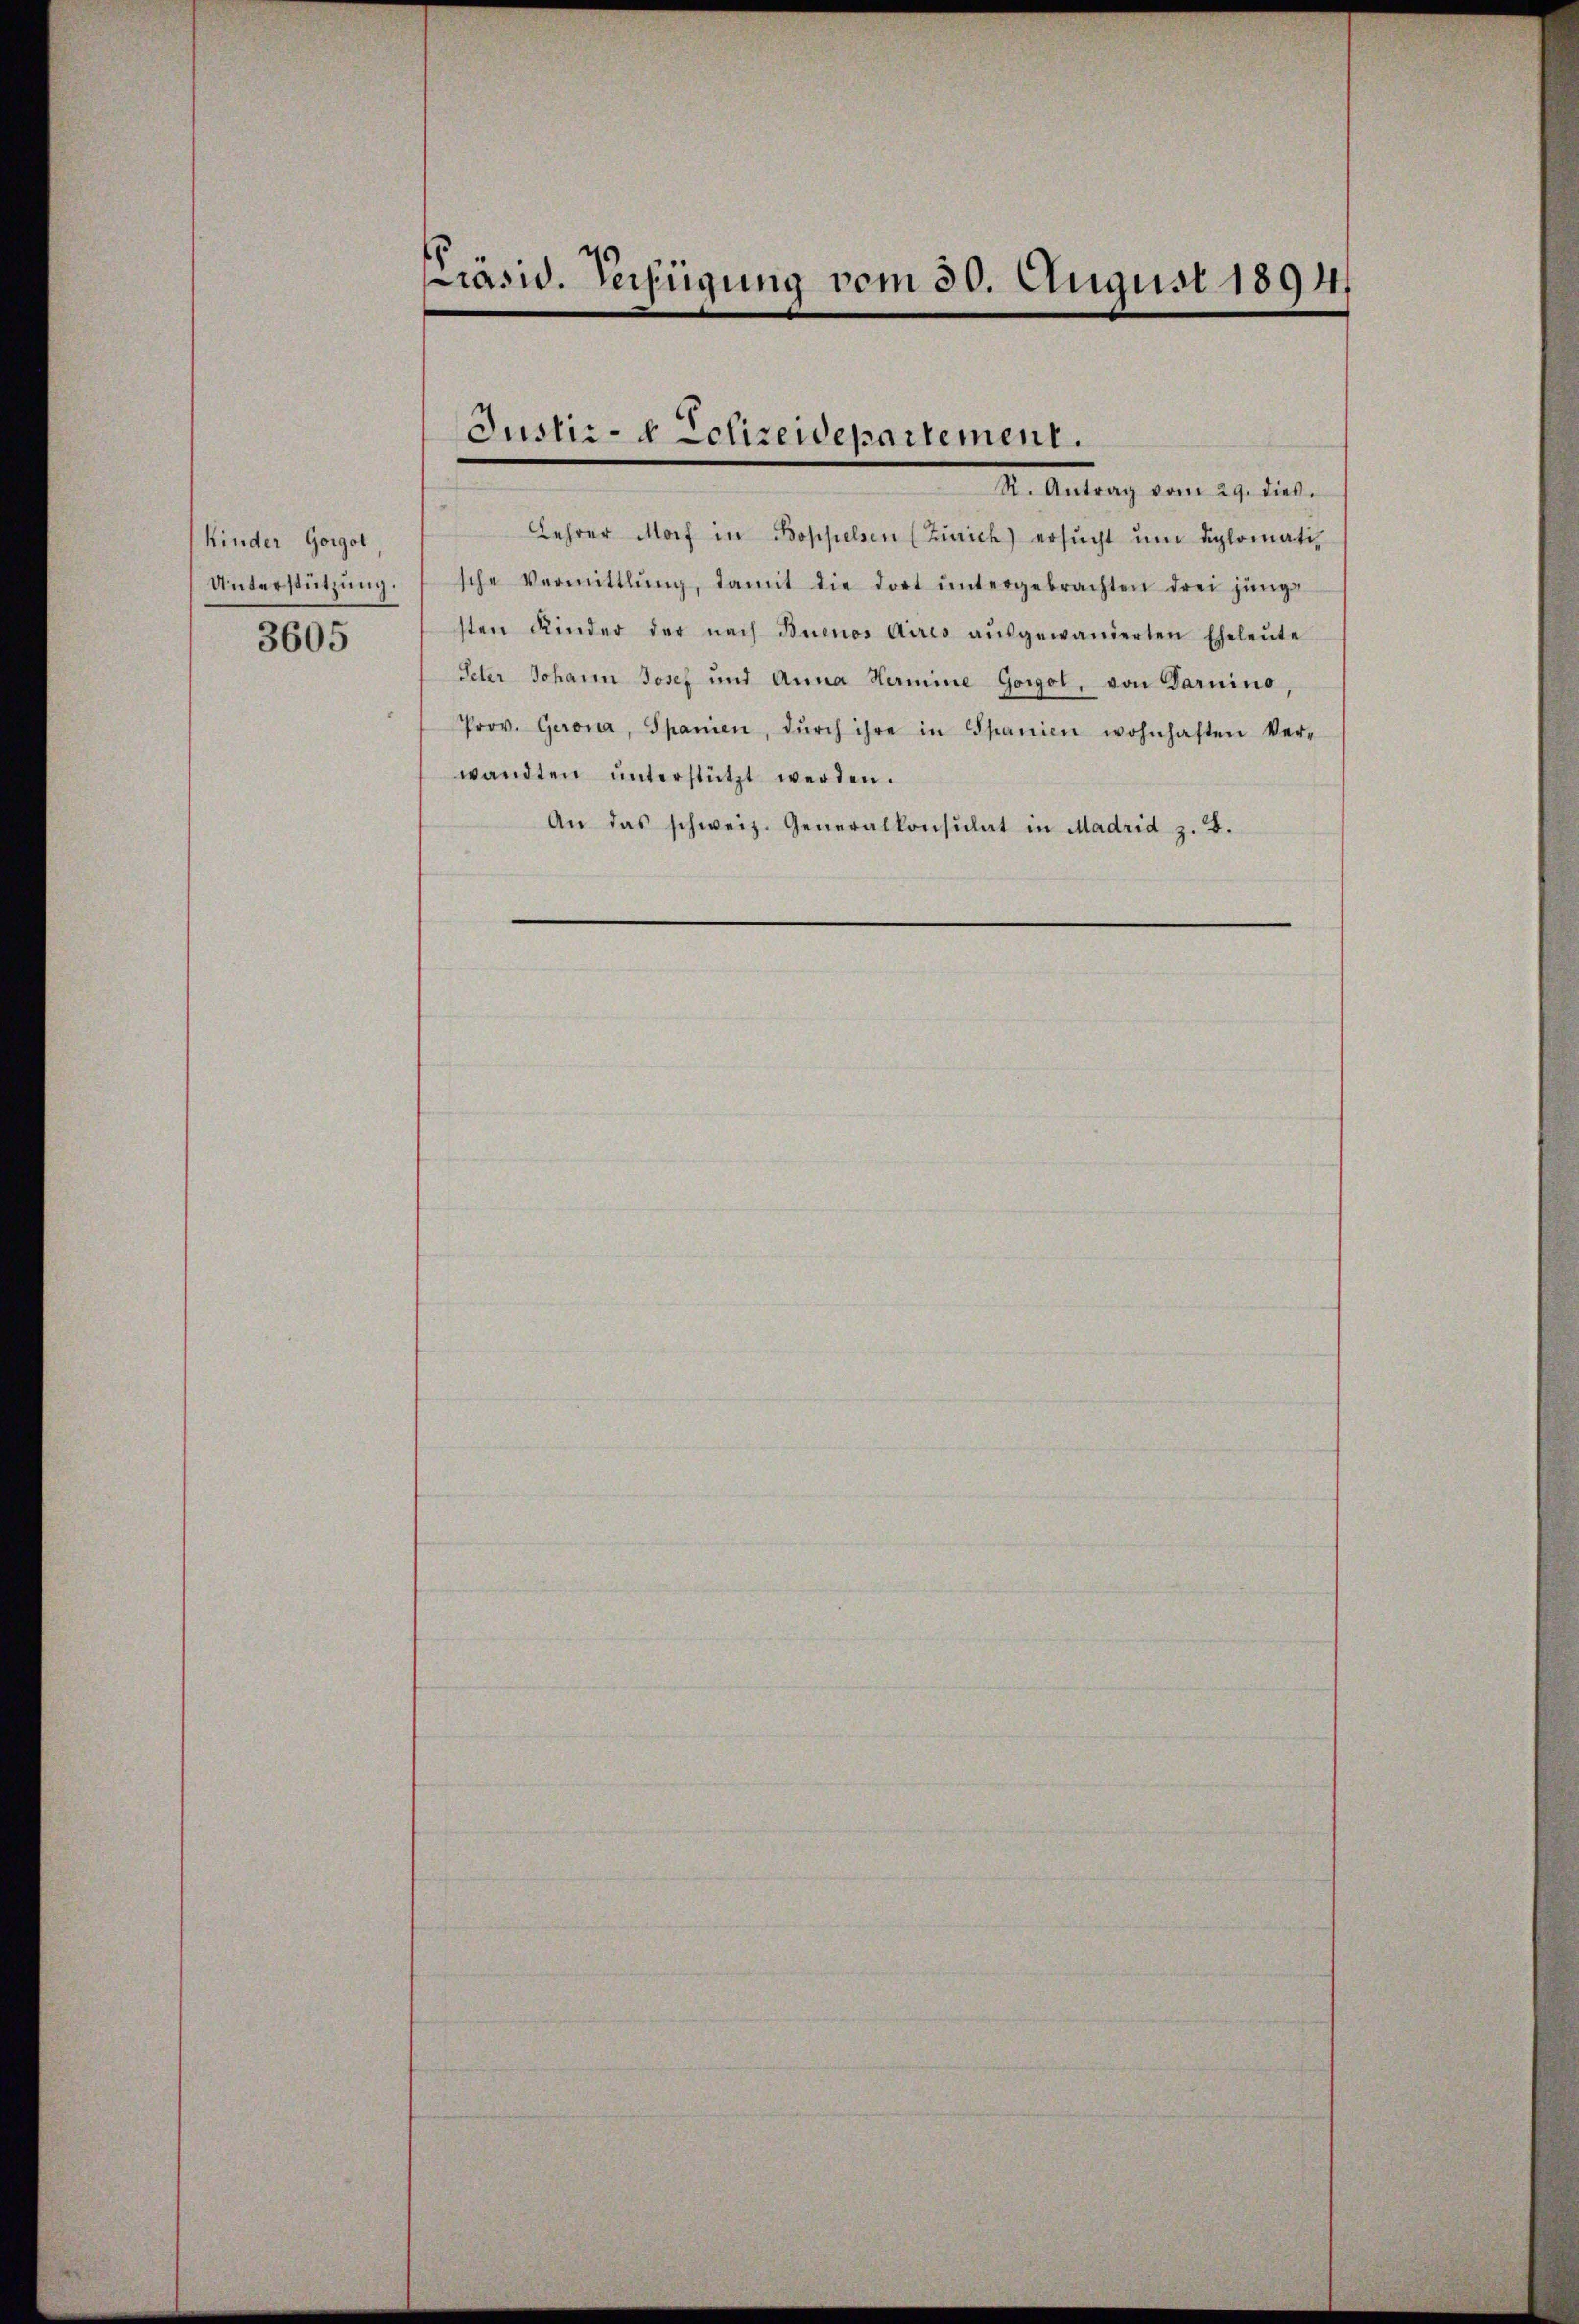
Kinder Gorgol
Unterstützung.
3605

Präsid. Verfügung vom 30. August 1894

Justiz- Eclizeidepartement.
I. Antrag vom 27. dies

Lehrer Morf in Boppelsen (Zürich) ersŭcht ŭm diplomatische Vermittlung, damit die dort ŭntergebrachten drei jüngs
sten Kinder der nach Buenos Aires aŭsgewanderten Eheleŭte
Peter Johann Josef und Anna Hermine Gorol, von Daruino,
Prov. Gerona, Spanien, dŭrch ihre in Spanien wohnhaften Ver-
wandten ŭnterstützt werden.
An das schweiz. Generalkonsulat in Madrid z. B.